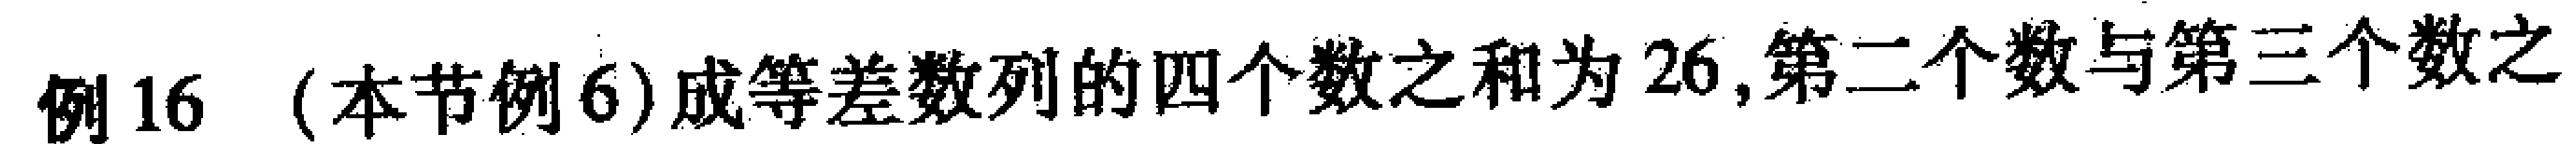
例 16 （本节例 6）成等差数列的四个数之和为 26,第二个数与第三个数之